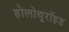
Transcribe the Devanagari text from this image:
होलोथूरॉइड